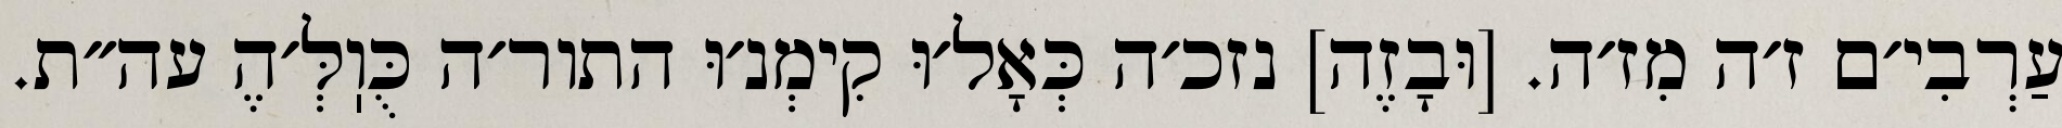
עַרְבִי׳ם ז׳ה מִז׳ה. [וּבָזֶה] נזכ׳ה כְּאָל׳וּ קִימְנ׳וּ התור׳ה כֻּוֽלְּ׳הֶ עה״ת.